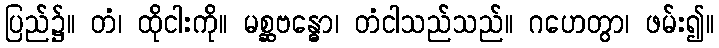
ပြည်၌။ တံ၊ ထိုငါးကို။ မစ္ဆဗန္ဓော၊ တံငါသည်သည်။ ဂဟေတွာ၊ ဖမ်း၍။